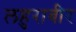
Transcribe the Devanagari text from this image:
लहुराबीर